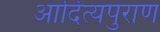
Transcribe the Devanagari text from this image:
आदित्यपुराण